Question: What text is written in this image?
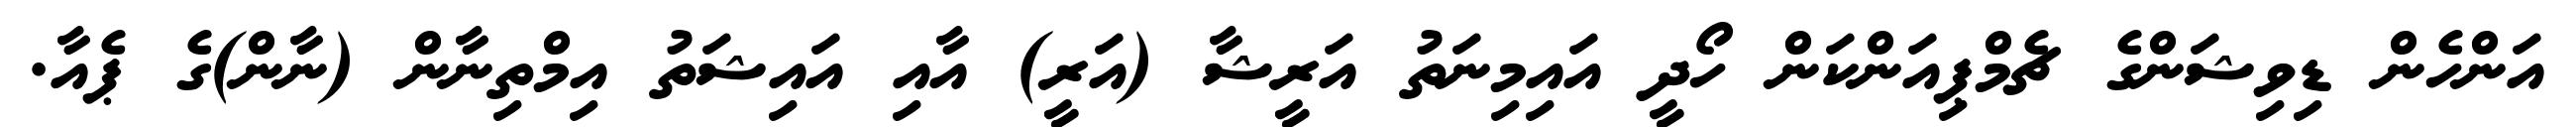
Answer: އަންހެން ޑިވިޝަންގެ ޗެމްޕިއަންކަން ހޯދީ އައިމިނަތު އަރީޝާ (އަރީ) އާއި އައިޝަތު އިމްތިނާން (ނާން)ގެ ޕެއާ.